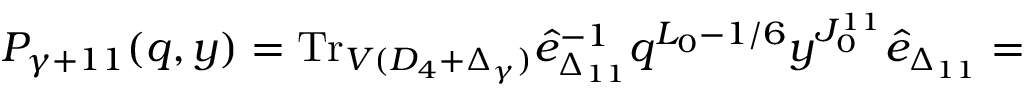
P _ { \gamma + 1 1 } ( q , y ) = \mathrm { T r } _ { V ( D _ { 4 } + \Delta _ { \gamma } ) } \hat { e } _ { \Delta _ { 1 1 } } ^ { - 1 } q ^ { L _ { 0 } - 1 / 6 } y ^ { J _ { 0 } ^ { 1 1 } } \hat { e } _ { \Delta _ { 1 1 } } =